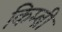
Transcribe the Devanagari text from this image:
किम्ब्री